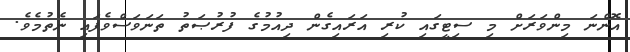
އޮންނަ މިންވަރަށް މި ސިޓީގައި ކުރި އަރައިގެން ދިއުމުގެ ފުރުޞަތު ތަނަވަސްވެފައި ނެތުމެވެ.